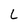
Character: L